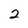
Character: 2